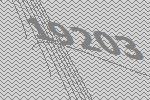
19203